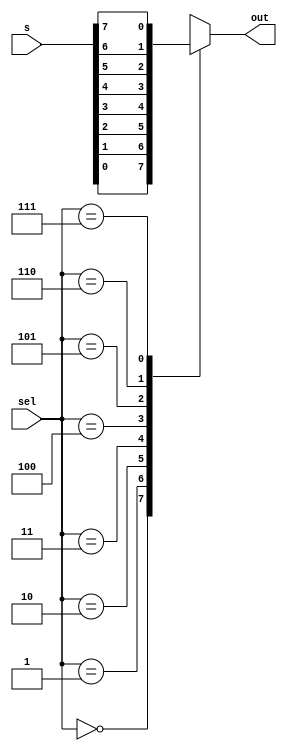
module behavioral_mux(s, sel, out);
	
	input[2:0] sel;
	input[7:0] s;
	output out;
	
	reg out;
	always @(sel, s) begin
		case(sel)
			0: out = s[0];
			1: out = s[1];
			2: out = s[2];
			3: out = s[3];
			4: out = s[4];
			5: out = s[5];
			6: out = s[6];
			7: out = s[7];
		endcase
	end
	
endmodule